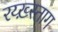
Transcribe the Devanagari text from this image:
रय्ख़्स्ताग